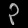
Digit: ၃